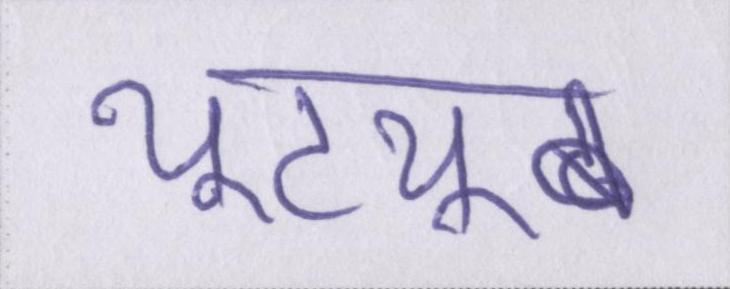
यूट्यूब